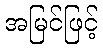
အမြင်ဖြင့်